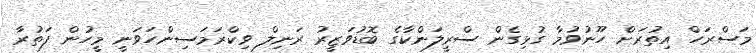
މަސްރަހް އިތުރަށް ހޫނުވުމާ ގުޅިގެން ސްރީލަންކާގެ ބޮޑުވަޒީރު ރަނިލް ވިކްރަމަސިންހަވަނީ މީހުން ފަތުރާ